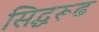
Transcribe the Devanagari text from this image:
सिद्धरूढ